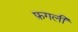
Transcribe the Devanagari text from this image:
फ़गली